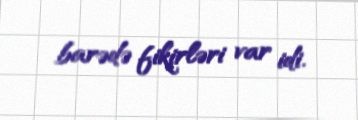
barədə fikirləri var idi.